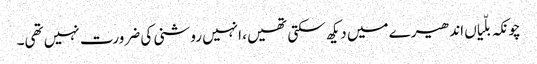
چونکہ بلّیاں اندھیرے میں دیکھ سکتی تھیں، انہیں روشنی کی ضرورت نہیں تھی۔